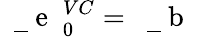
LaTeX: \mathrm{~\mathbf~\underline{~}{~e~}~}_{0}^{VC}=\mathrm{~\mathbf~\underline{~}{~b~}~}